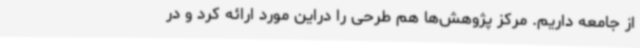
از جامعه داریم. مرکز پژوهش‌ها هم طرحی را دراین مورد ارائه کرد و در